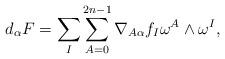
LaTeX: \begin{align*}\begin{aligned} d_\alpha F=\sum_{I}\sum_{A=0}^{2n-1} \nabla_{A\alpha}f_I \omega^A\wedge\omega^I, \end{aligned} \end{align*}